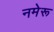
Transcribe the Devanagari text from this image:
नमेरू